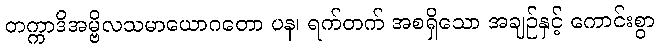
တက္ကာဒိအမ္ဗိလသမာယောဂတော ပန၊ ရက်တက် အစရှိသော အချဉ်နှင့် ကောင်းစွာ